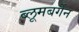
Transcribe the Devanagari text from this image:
ब्लूमबर्गेन